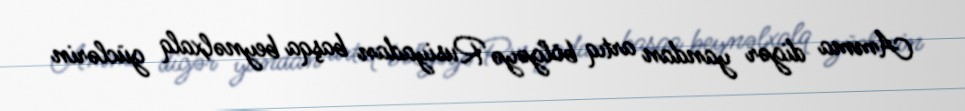
Amma digər yandan artıq bölgəyə Rusiyadan başqa beynəlxalq güclərin